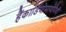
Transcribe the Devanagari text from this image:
हैंकार्डियोमायोपैथी